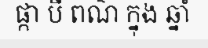
ផ្កា បី ពណ៌ ក្នុង ឆ្នាំ